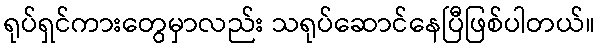
ရုပ်ရှင်ကားတွေမှာလည်း သရုပ်ဆောင်နေပြီဖြစ်ပါတယ်။